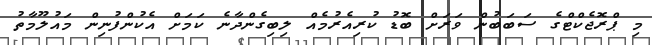
މި ޕްރޮޖެކްޓްގެ ސަބަބުން ވަރަށް ބޮޑު ކުރިއެރުމެއް ލިބިގެންދާނެ ކަމަށް އެކުންފުނިން މައުލޫމާތު